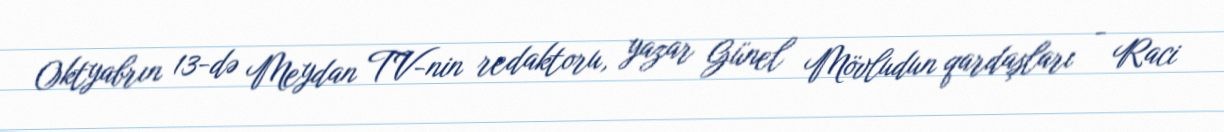
Oktyabrın 13-də Meydan TV-nin redaktoru, yazar Günel Mövludun qardaşları - Raci